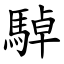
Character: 䮓